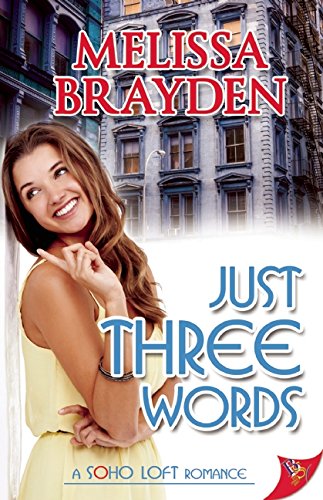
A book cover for Just Three Words (Soho Loft Romance); Melissa Brayden; Romance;